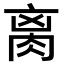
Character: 𦛄